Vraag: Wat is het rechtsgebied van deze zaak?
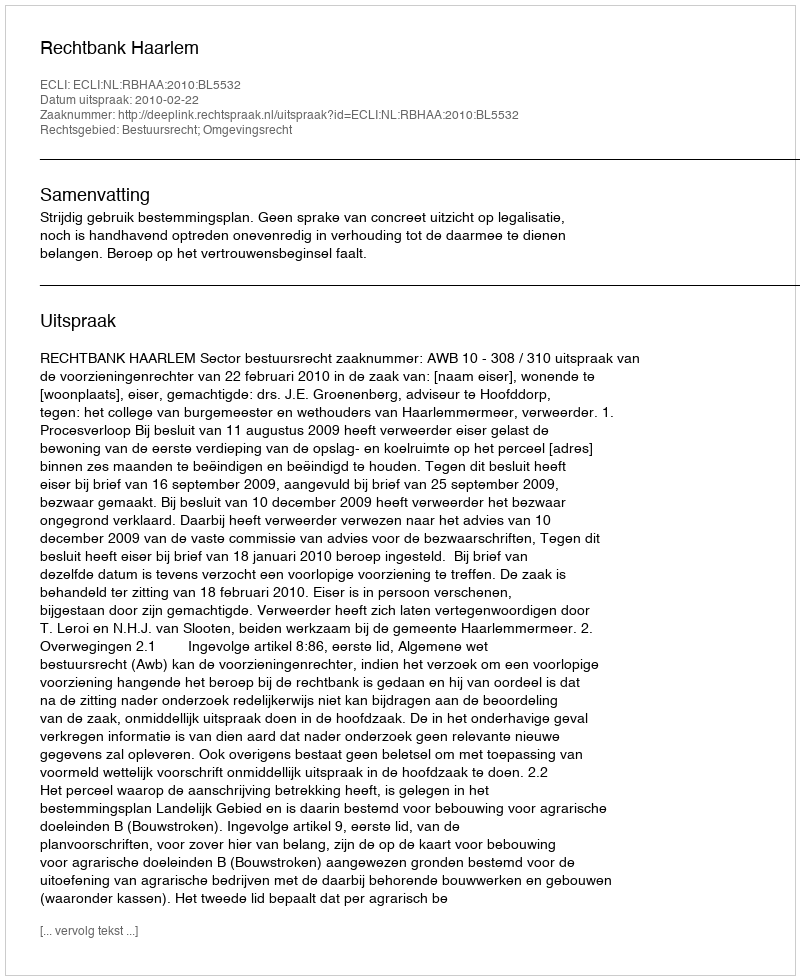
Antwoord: Bestuursrecht; Omgevingsrecht